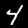
Label: 4